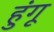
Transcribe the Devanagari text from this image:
हुंगू